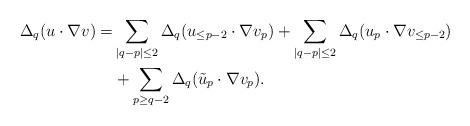
LaTeX: \begin{align*}\Delta_q(u\cdot\nabla v)=&\sum_{|q-p|\leq 2}\Delta_q(u_{\leq{p-2}}\cdot\nabla v_p)+\sum_{|q-p|\leq 2}\Delta_q(u_{p}\cdot\nabla v_{\leq{p-2}})\\&+\sum_{p\geq q-2} \Delta_q(\tilde u_p \cdot\nabla v_p).\end{align*}